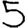
Digit: 5